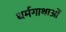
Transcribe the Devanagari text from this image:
धर्मगाथाओं